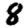
Digit: 8